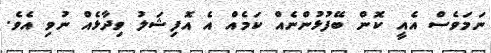
ނަމަވެސް އެއީ ކޮން ބޭފުޅުންނެއް ކަމެއް އެ އޮފިޝަލު ވިދާޅެއް ނުވި އެވެ.